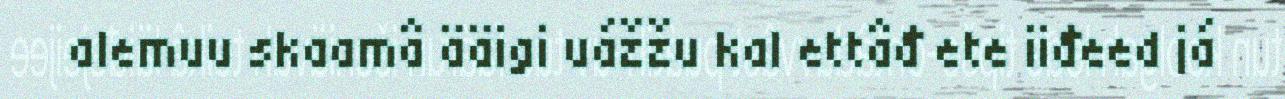
alemuu skaamâ ääigi uážžu kal ettâđ ete iiđeed já